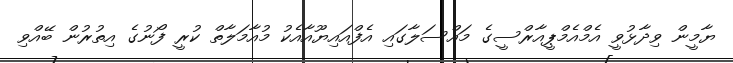
ޔާމީން ވިދާޅުވީ އެމްއެމްޕީއާރްސީގެ މައްސަލާގައި އެފްއައިޔޫއާއެކު މުއާމަލާތް ކުރީ ފޯނުގެ އިތުރުން ބޭއްވި